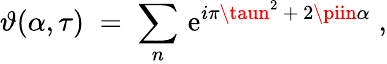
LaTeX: \vartheta(\alpha,\tau)\; =\; \sum_{n}\, \mathrm{e}^{i\pi\taun^{2}\, +\, 2\piin\alpha}\; ,